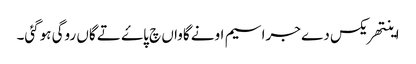
اینتھریکس دے جراسیم اونے گاواں چ پاۓ تے گاں روگی ہوگئی۔